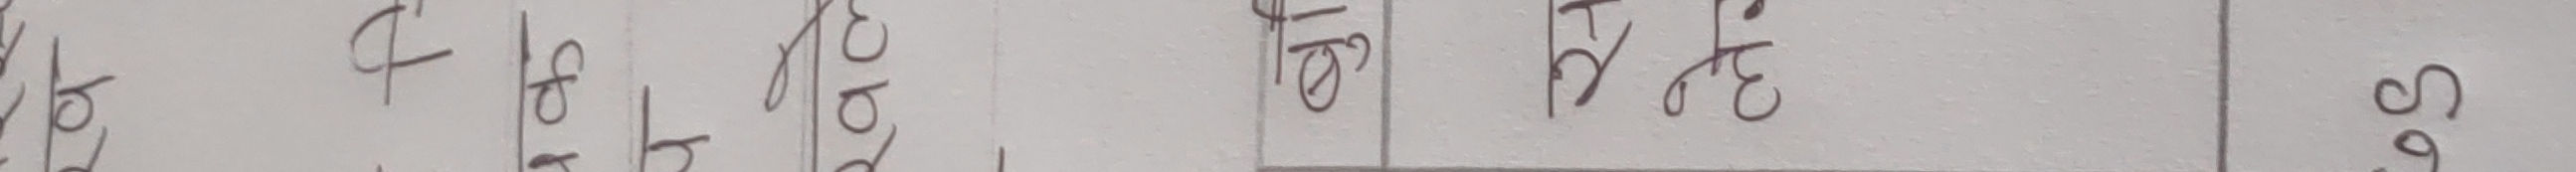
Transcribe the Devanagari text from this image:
बोट ४६.२३ |